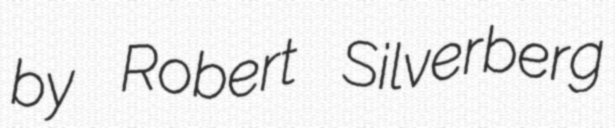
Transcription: by Robert Silverberg